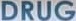
DRUG